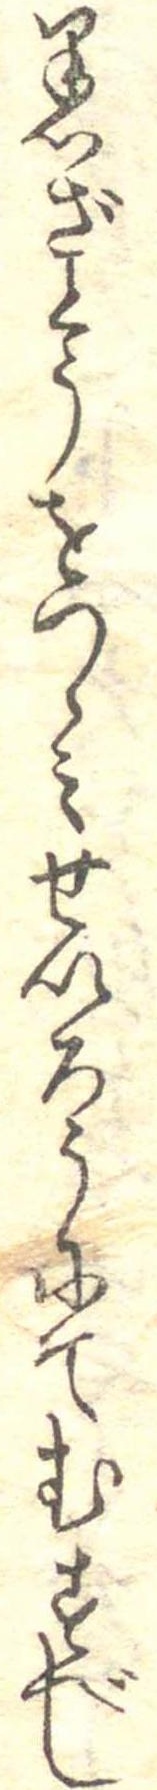
黒ざとうをつゝみせいろうにてむすべし